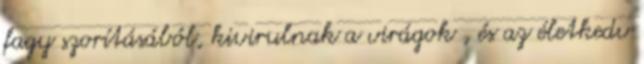
fagy szorításából, kivirulnak a virágok , és az életkedv